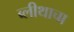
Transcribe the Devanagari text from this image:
ब्लीथाचा